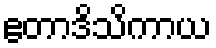
ဧတာဒိသိကာယ